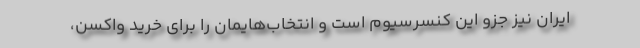
ایران نیز جزو این کنسرسیوم است و انتخاب‌هایمان را برای خرید واکسن،